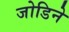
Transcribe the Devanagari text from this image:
जोडिने